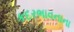
કદરભાવનાના